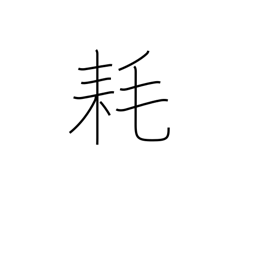
Meaning: decrease